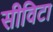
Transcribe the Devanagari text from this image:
सीविटा